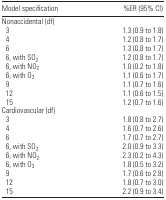
| Model specification | %ER (95% CI) |
 | --- | --- |
 | <COLSPAN=2> Nonaccidental (df) |
 | 3 | 1.3 (0.9 to 1.8) |
 | 4 | 1.2 (0.8 to 1.7) |
 | 6 | 1.3 (0.8 to 1.7) |
 | 6, with SO2 | 1.2 (0.8 to 1.7) |
 | 6, with NO2 | 1.0 (0.2 to 1.8) |
 | 6, with O3 | 1.1 (0.6 to 1.7) |
 | 9 | 1.1 (0.7 to 1.6) |
 | 12 | 1.1 (0.6 to 1.5) |
 | 15 | 1.2 (0.7 to 1.6) |
 | <COLSPAN=2> Cardiovascular (df) |
 | 3 | 1.8 (0.8 to 2.7) |
 | 4 | 1.6 (0.7 to 2.6) |
 | 6 | 1.7 (0.7 to 2.7) |
 | 6, with SO2 | 2.0 (0.9 to 3.3) |
 | 6, with NO2 | 2.3 (0.2 to 4.3) |
 | 6, with O3 | 1.8 (0.5 to 3.2) |
 | 9 | 1.7 (0.6 to 2.8) |
 | 12 | 1.8 (0.7 to 3.0) |
 | 15 | 2.2 (0.9 to 3.4) |